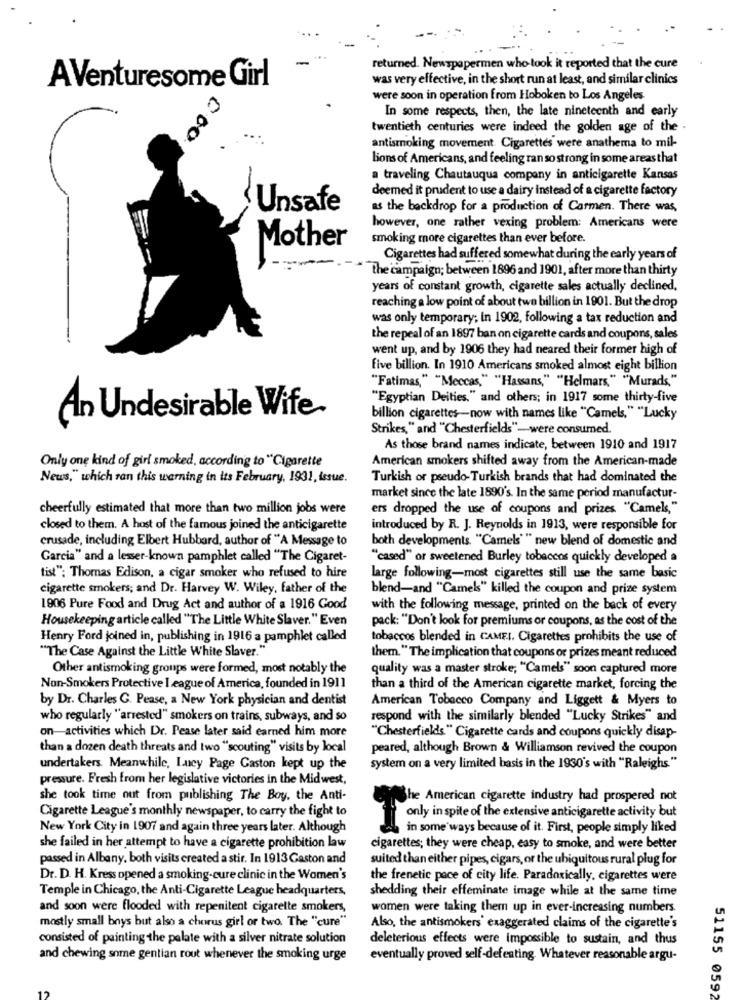
returned. Newspapermen who took it reported that the cure
was very effective, in the short run at least, and similar clinics
AVenturesome Girl
were soon in operation from Hoboken to Los Angeles
In some respects, then, the late nineteenth and early
000
twentieth centuries were indeed the golden age of the .
antismoking movement. Cigarettes were anathema to mil-
Lions of Americans, and feeling ran so strong in some areas that
a traveling Chautauqua company in anticigarette Kansas
deemed it prudent to use a dairy instead of a cigarette factory
Unsafe
as the backdrop for a production of Carmen. There was,
however, one rather vexing problem: Americans were
smoking more cigarettes than ever before.
Mother
Cigarettes had suffered somewhat during the early years of
the campaign; between 1896 and 1901, after more than thirty
years of constant growth, cigarette sales actually declined.
reaching a low point of about two billion in 1901. But the drop
was only temporary; in 1902, following a tax reduction and
the repeal of an 1897 ban on cigarette cards and coupons, sales
went up, and by 1906 they had neared their former high of
five billion. In 1910 Americans smoked almost eight billion
"Fatimas," "Meccas," "Hassans," "Helmars," "Murads,"
"Egyptian Deities," and others; in 1917 some thirty-five
An Undesirable Wife
billion cigarettesnow with names like "Camels," "Lucky
Strikes," and "Chesterfields"-were consumed.
As those brand names indicate, between 1910 and 1917
American smokers shifted away from the American-made
Only one kind of girl smoked, according to "Cigarette
News," which ran this warning in its February, 1931, issue.
Turkish or pseudo-Turkish brands that had dominated the
market since the late 1890's. In the same period manufactur-
cheerfully estimated that more than two million jobs were
ers dropped the use of coupons and prizes "Camels,"
closed to them. A host of the famous joined the anticigarette
introduced by R. J. Reynolds in 1913, were responsible for
crusade, including Elbert Hubbard, author of "A Message to
both developments. "Camels"" new blend of domestic and
Garcia" and a lesser-known pamphlet called "The Cigaret-
"cased" or sweetened Burley tobaccos quickly developed a
tist": Thomas Edison, a cigar smoker who refused to hire
large following-most cigarettes still use the same basic
cigarette smokers; and Dr. Harvey W. Wiley, father of the
blend-and "Camels" killed the coupon and prize system
1906 Pure Food and Drug Act and author of a 1916 Good
with the following message, printed on the back of every
Housekeeping article called "The Little White Slaver." Even
pack: "Don't look for premiums or coupons, as the cost of the
Henry Ford joined in, publishing in 1916 a pamphlet called
tobaccos blended in CAMEI. Cigarettes prohibits the use of
"The Case Against the Little White Slaver."
them. " The implication that coupons or prizes meant reduced
Other antismoking groups were formed, most notably the
quality was a master stroke; "Camels" soon captured more
Non-Smokers Protective League of America, founded in 1911
than a third of the American cigarette market, forcing the
by Dr. Charles C. Pease, a New York physician and dentist
American Tobacco Company and Liggett & Myers to
who regularly "arrested" smokers on trains, subways, and so
respond with the similarly blended "Lucky Strikes" and
on-activities which Dr. Pease later said earned him more
"Chesterfields." Cigarette cards and coupons quickly disap-
than a dozen death threats and two "scouting" visits by local
peared, although Brown & Williamson revived the coupon
undertakers. Meanwhile, Lucy Page Gaston kept up the
system on a very limited basis in the 1930's with "Raleighs"
pressure. Fresh from her legislative victories in the Mid west,
she took time out from publishing The Boy, the Anti-
The American cigarette industry had prospered not
Cigarette League's monthly newspaper, to carry the fight to
only in spite of the extensive anticigarette activity but
New York City in 1907 and again three years later. Although
in some ways because of it. First, people simply liked
she failed in her attempt to have a cigarette prohibition law
cigarettes; they were cheap, easy to smoke, and were better
passed in Albany, both visits created a stir. In 1913 Gaston and
suited than either pipes, cigars, or the ubiquitous rural plug for
Dr. D. H. Kress opened a smoking-cure clinic in the Women's
the frenetic pace of city life. Paradoxically, cigarettes were
Temple in Chicago, the Anti-Cigarette League headquarters,
shedding their effeminate image while at the same time
and soon were flooded with repenitent cigarette smokers,
women were taking them up in ever-increasing numbers.
mostly small boys but also a chorus girl or two. The "cure"
Also, the antismokers' exaggerated claims of the cigarette's
consisted of painting the palate with a silver nitrate solution
deleterious effects were impossible to sustain, and thus
and chewing some gentian rout whenever the smoking urge
eventually proved self-defeating. Whatever reasonable argu-
51155 0592